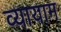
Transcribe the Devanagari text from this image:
व्‍यायाम